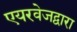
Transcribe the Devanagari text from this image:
एयरवेजद्वारा